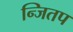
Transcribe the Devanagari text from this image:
न्जितप